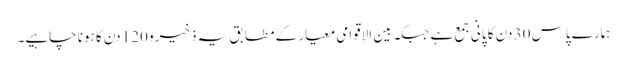
ہمارے پاس 30 دن کا پانی جمع ہے جبکہ بین الاقوامی معیار کے مطابق یہ ذخیرو 120 دن کا ہونا چاہیے۔